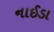
નાઈડા